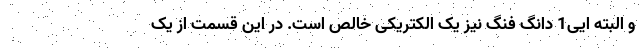
و البته ایی1 دانگ فنگ نیز یک الکتریکی خالص است. در این قسمت از یک